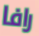
رافا